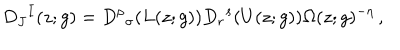
LaTeX: D _ { J } { } ^ { I } ( z ; g ) = D ^ { \rho } { } _ { \sigma } ( L ( z ; g ) ) D _ { r } { } ^ { s } ( U ( z ; g ) ) \Omega ( z ; g ) ^ { - \eta } \, ,